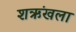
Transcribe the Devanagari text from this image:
शऋंखला